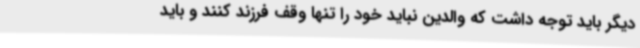
دیگر باید توجه داشت که والدین نباید خود را تنها وقف فرزند کنند و باید